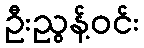
ဦးညွန့်ဝင်း